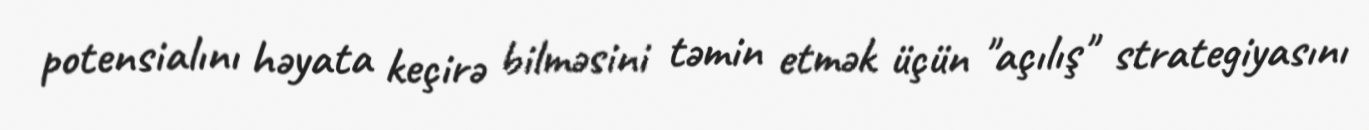
potensialını həyata keçirə bilməsini təmin etmək üçün "açılış" strategiyasını